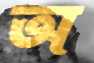
অ